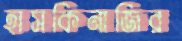
হাসকিনাজির